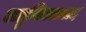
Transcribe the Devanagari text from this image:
अहुनिक्तावाद